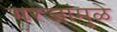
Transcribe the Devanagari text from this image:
गरजांमुळे